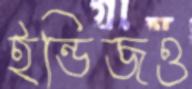
ইন্ডিজও